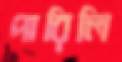
পারিলি